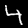
Digit: 4